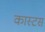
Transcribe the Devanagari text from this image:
कास्टस